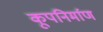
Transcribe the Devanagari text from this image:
कूपनिर्माण